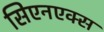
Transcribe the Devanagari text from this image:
सिएनएक्स